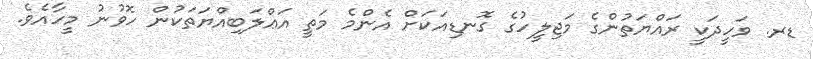
ޑރ. ވަހީދަކީ ރައްޔަތުންގެ މަޖިލީހުގެ ގޮނޑިއަކަށް އެންމެ މަތީ އަޢްލަބިއްޔަތަކުން ހޮވުނު މީހާއެވެ.